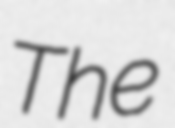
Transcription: The